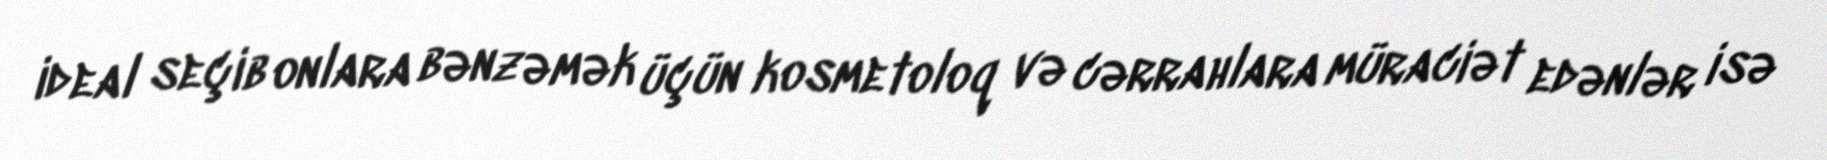
ideal seçib onlara bənzəmək üçün kosmetoloq və cərrahlara müraciət edənlər isə